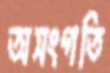
অসংগতি